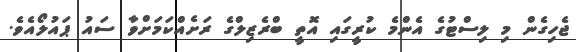
ޖެހިގެން މި ލިސްޓުގެ އެންމެ ކުރީގައި އޮތީ ބްރެޒިލްގެ ރަށެއްކަމަށްވާ ސައު ޕައުލޯއެވެ.